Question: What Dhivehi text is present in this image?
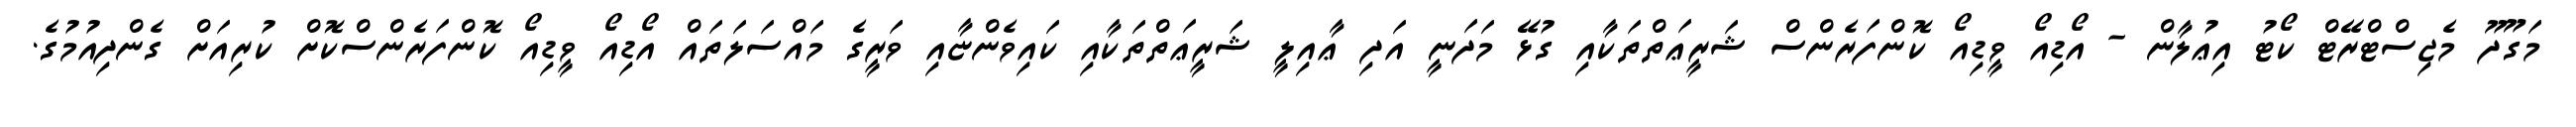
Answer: މަގޫދޫ މެޖިސްޓްރޭޓް ކޯޓު އިޢުލާން - އޯޑިއޯ ވީޑިއޯ ކޮންފަރެންސް ޝަރީޢަތްތަކާއި ގުޅޭ މަދަނީ އަދި ޢާއިލީ ޝަރީޢަތްތަކާއި ކައިވެންޏާއި ވަރީގެ މައްސަލަތައް އޯޑިއޯ ވީޑިއޯ ކޮންފަރެންސްކޮށް ކުރިއަށް ގެންދިއުމުގެ.